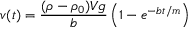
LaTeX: v ( t ) = { \frac { ( \rho - \rho _ { 0 } ) V g } { b } } \left( 1 - e ^ { - b t / m } \right)